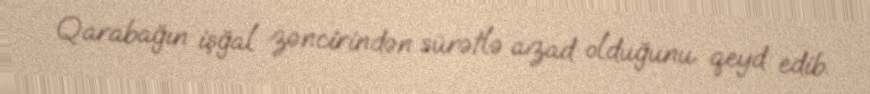
Qarabağın işğal zəncirindən sürətlə azad olduğunu qeyd edib.